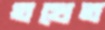
তখেত